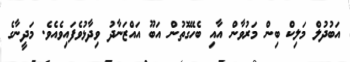
އަބުދުލް މަލިކް ބިން މަރުވާން އާއި ބެހޭގޮތުން އަބޫ އައްޒަނާދު ވިދާޅުވެފައިވެއެވެ. މަދީނާގެ